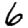
Digit: 6